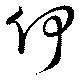
何